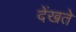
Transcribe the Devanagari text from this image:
देंखते